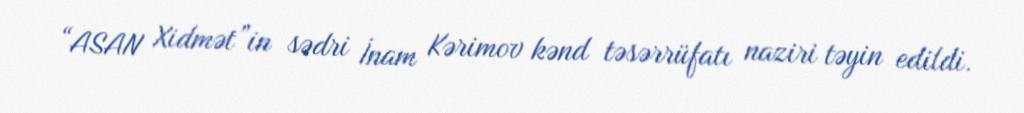
“ASAN Xidmət”in sədri İnam Kərimov kənd təsərrüfatı naziri təyin edildi.